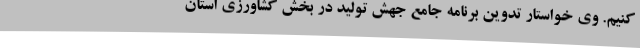
کنیم. وی خواستار تدوین برنامه جامع جهش تولید در بخش کشاورزی استان